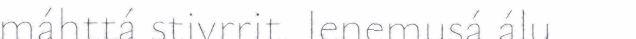
máhttá stivrrit. Ienemusá álu